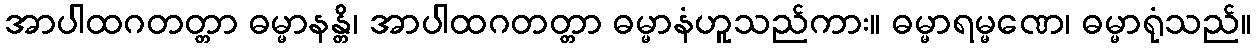
အာပါထဂတတ္တာ ဓမ္မာနန္တိ၊ အာပါထဂတတ္တာ ဓမ္မာနံဟူသည်ကား။ ဓမ္မာရမ္မဏေ၊ ဓမ္မာရုံသည်။